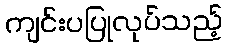
ကျင်းပပြုလုပ်သည့်